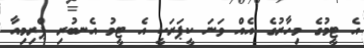
އެ ޓީމުގެ މިހާރުގެ އެއް ވަނަ ކީޕަރަކީ އެ ޓީމު އެނބުރި ޕްރިމިއާ